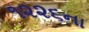
૧૨૨૬ના